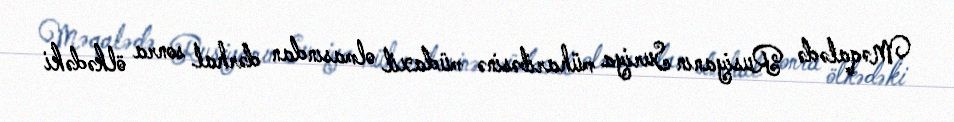
Məqalədə Rusiyanın Suriya müharibəsinə müdaxil olmasından dərhal sonra ölkədəki